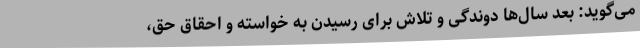
می‌گوید: بعد سال‌ها دوندگی و تلاش برای رسیدن به خواسته و احقاق حق،